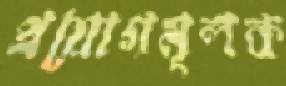
প্রয়োগমূলক